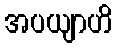
အပယျာဟိ